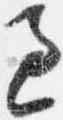
過